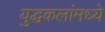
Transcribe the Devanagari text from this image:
युद्धकलांमध्ये